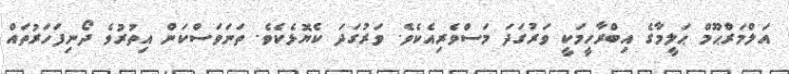
އަލްމަރްޙޫމް ޙަލީމާގެ އިބްރާހީމަކީ ވަރުގަދަ މަސްވެރިއެކެވެ. ވަރުގަދަ ކެޔޮޅެކެވެ. ތަނަވަސްކަން އިތުރުވެ ދޯނިފަހަރުތައް